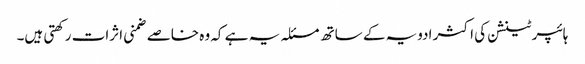
ہائپر ٹینشن کی اکثر ادویہ کے ساتھ مسئلہ یہ ہے کہ وہ خاصے ضمنی اثرات رکھتی ہیں۔